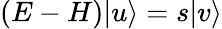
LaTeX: (E-H)|u\rangle=s|v\rangle